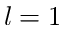
l = 1